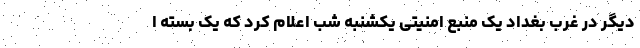
دیگر در غرب بغداد یک منبع امنیتی یکشنبه شب اعلام کرد که یک بسته ا